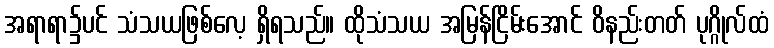
အရာရာ၌ပင် သံသယဖြစ်လေ့ ရှိရသည်။ ထိုသံသယ အမြန်ငြိမ်းအောင် ဝိနည်းတတ် ပုဂ္ဂိုလ်ထံ